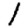
Digit: 1